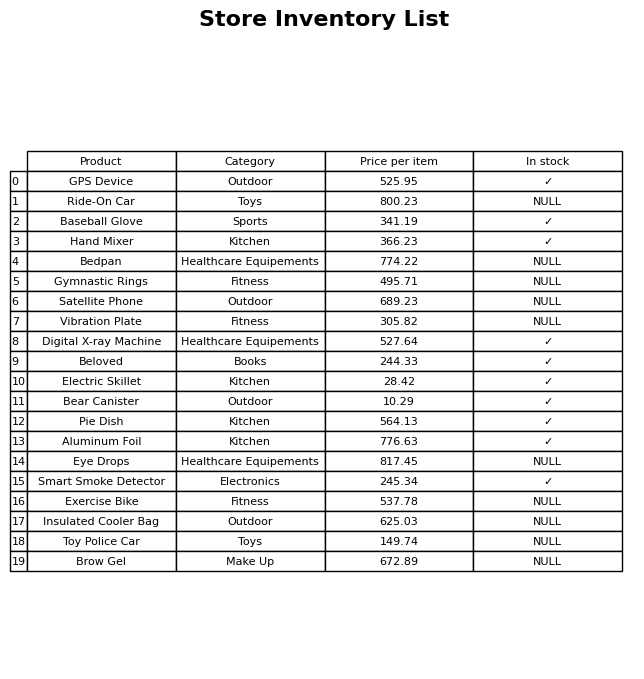
question: What is the price for Brow Gel?
answer: The price of Brow Gel is 672.89.